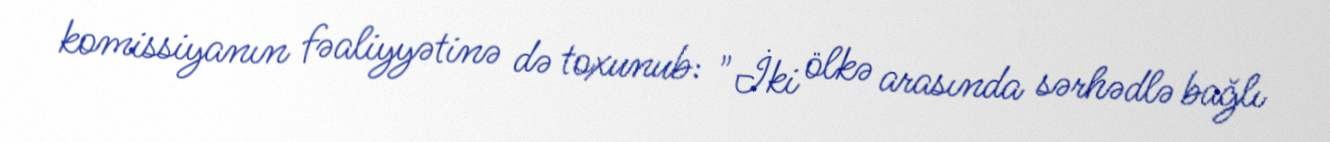
komissiyanın fəaliyyətinə də toxunub: "İki ölkə arasında sərhədlə bağlı